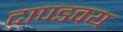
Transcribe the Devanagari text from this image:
दाण्डक्य